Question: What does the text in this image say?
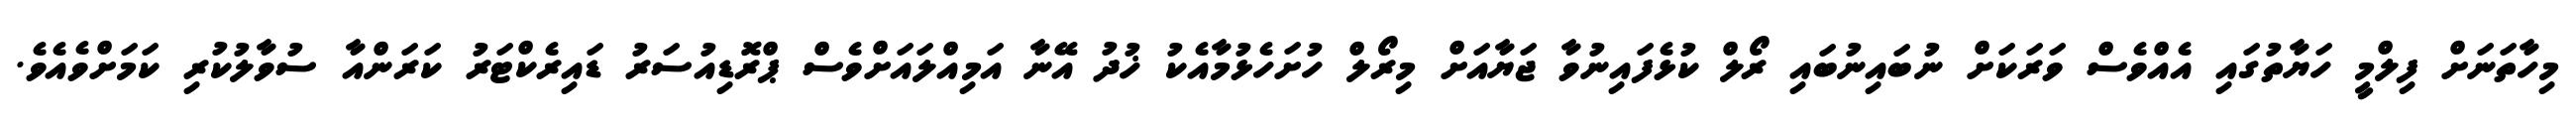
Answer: މިހާތަނަށް ފިލްމީ ހަޔާތުގައި އެއްވެސް ވަރަކަށް ނުބައިނުބައި ރޯލް ކުޅެފައިނުވާ ޖަޔާއަށް މިރޯލް ހުށަހެޅުމާއެކު ޚުދު އޭނާ އަމިއްލައަށްވެސް ޕްރޮޑިއުސަރު ޑައިރެކްޓަރު ކަރަންއާ ސުވާލުކުރި ކަމަށްވެއެވެ.